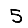
Digit: 5